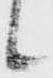
候